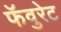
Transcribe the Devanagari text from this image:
फॅवुरेट